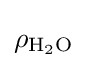
\rho _{\mathrm {H} {\vphantom {A}}_{\smash[{t}]{2}}\mathrm {O} }